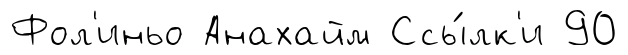
Фол'иньо Анахайм Ссы́лк'и 90